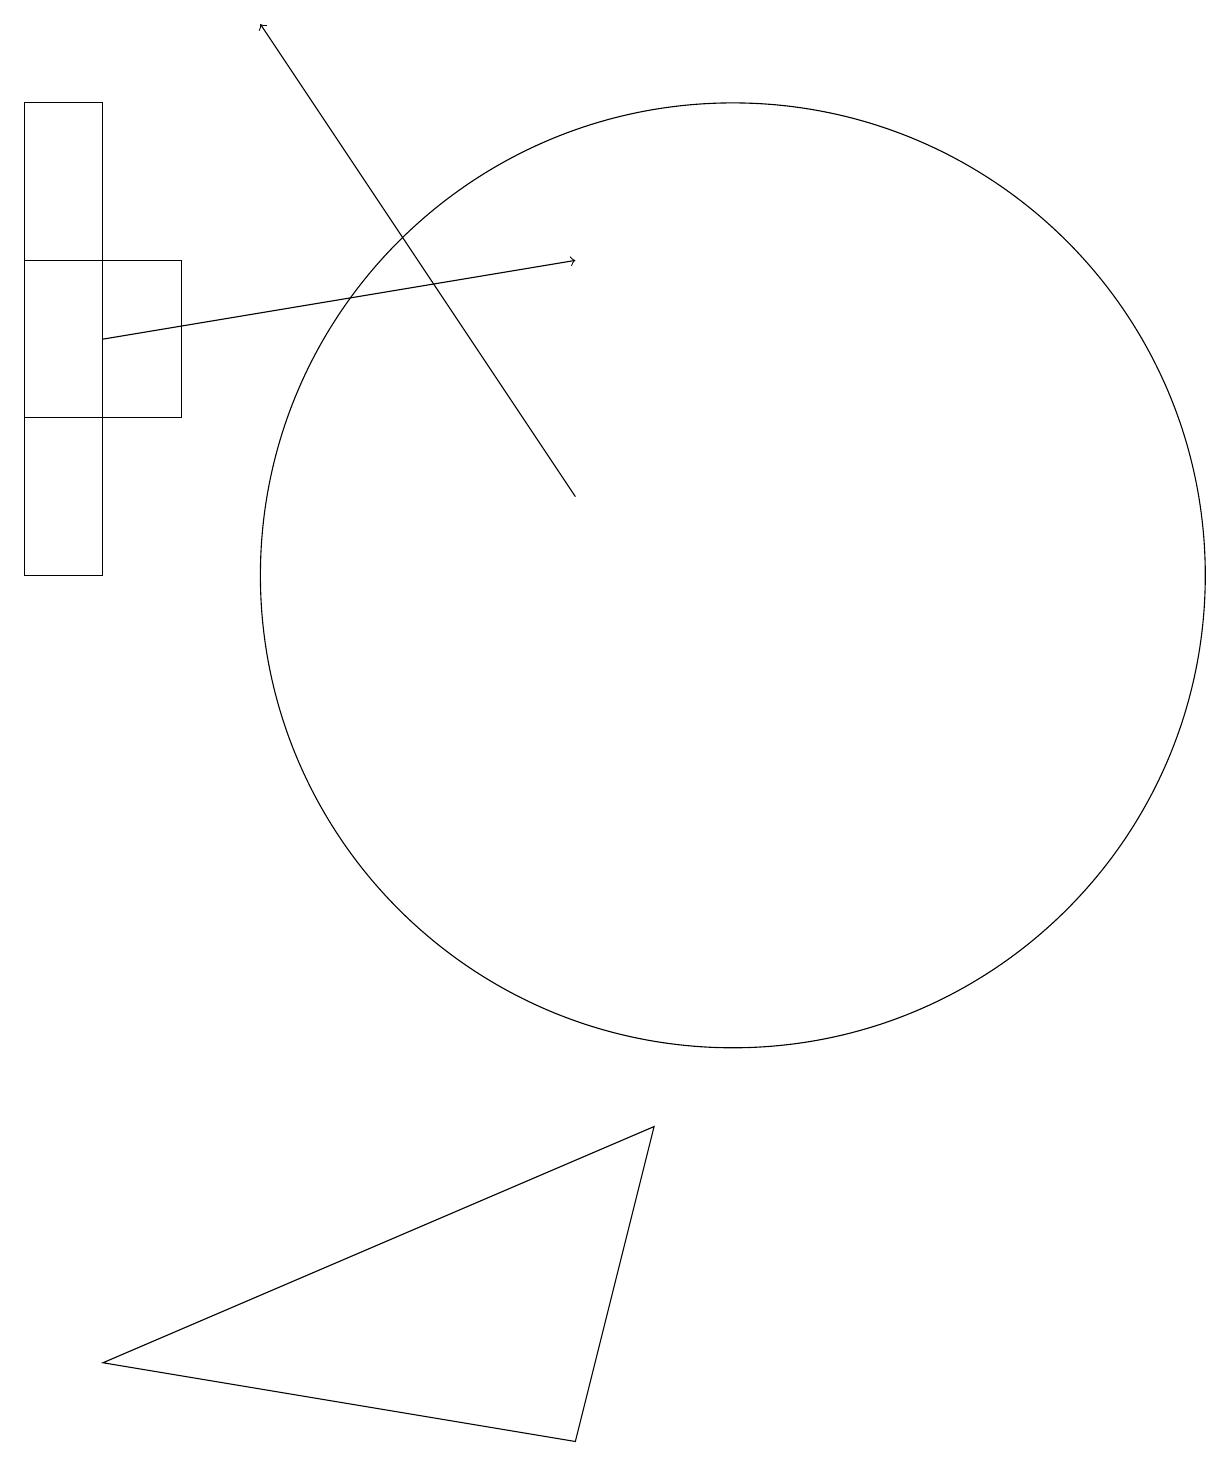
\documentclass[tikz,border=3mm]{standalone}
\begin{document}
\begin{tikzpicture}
\draw[->] (2,14) -- (8,15);
\draw[->] (8,12) -- (4,18);
\draw (10,11) circle (6);
\draw (2,17) rectangle (1,11);
\draw (1,15) rectangle (3,13);
\draw (9,4) -- (8,0) -- (2,1) -- cycle;
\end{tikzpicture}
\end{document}